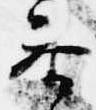
参